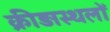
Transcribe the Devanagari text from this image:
क्रीड़ास्थलों